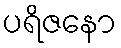
ပရိဇနော